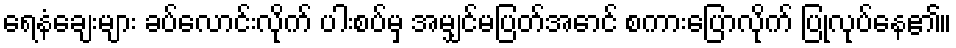
ရေနံချေးများ ခပ်လောင်းလိုက် ပါးစပ်မှ အမျှင်မပြတ်အောင် စကားပြောလိုက် ပြုလုပ်နေ၏။